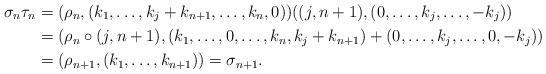
LaTeX: \begin{align*}\sigma_n\tau_n&=(\rho_n,(k_1,\ldots,k_j+k_{n+1},\ldots,k_n,0)) ((j,n+1),(0,\ldots,k_j,\ldots,-k_j)) \\&=(\rho_n \circ (j,n+1),(k_1,\ldots,0,\ldots,k_n,k_j+k_{n+1})+(0,\ldots,k_j,\ldots,0,-k_j))\\&=(\rho_{n+1},(k_1,\ldots,k_{n+1})) = \sigma_{n+1}.\end{align*}